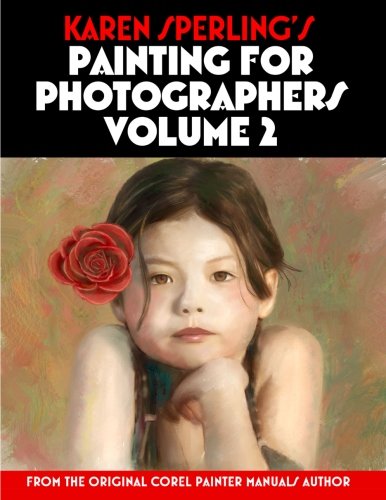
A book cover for Karen Sperling's Painting for Photographers Volume 2: Steps and Art Lessons for Painting Children's Portraits from Photos in Corel Painter 12; Karen Sperling; Arts & Photography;